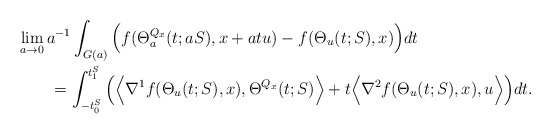
\begin{align*}\MoveEqLeft \lim_{a\to 0} a^{-1}\int_{G(a)}\Big( f (\Theta_a^{Q_x} (t;aS),x+atu)- f (\Theta_u(t;S),x)\Big)dt\\&=\int_{-t_0^S}^{t_1^S} \Big(\Big\langle \nabla^1 f(\Theta_u (t;S),x),\Theta^{Q_x} (t; S)\Big\rangle +t\Big\langle \nabla^2 f(\Theta_u (t;S),x),u \Big\rangle\Big)dt.\end{align*}